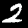
Digit: 2